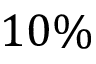
1 0 \%